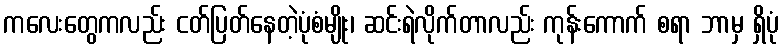
ကလေးတွေကလည်း ငတ်ပြတ်နေတဲ့ပုံစံမျိုး၊ ဆင်းရဲလိုက်တာလည်း ကုန်းကောက် စရာ ဘာမှ ရှိပုံ